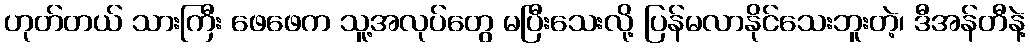
ဟုတ်တယ် သားကြီး ဖေဖေက သူ့အလုပ်တွေ မပြီးသေးလို့ ပြန်မလာနိုင်သေးဘူးတဲ့၊ ဒီအန်တီနဲ့